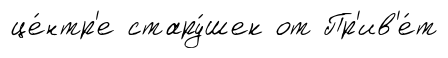
це́нтр'е стару́шек от Пр'ив'е́т